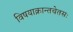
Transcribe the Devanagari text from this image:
विषयाक्रान्तचेतसः